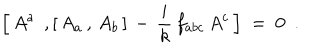
LaTeX: \Bigl [ \, A ^ { a } \; \, , [ \, A _ { a } \, , \, A _ { b } \, ] \, - \, \frac { i } { k } \, f _ { a b c } \, A ^ { c } \, \Bigr ] \ = \ 0 \ \ .